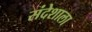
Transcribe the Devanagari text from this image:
संदेशाला